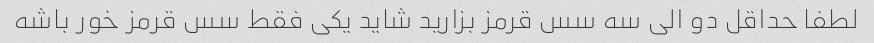
لطفا حداقل دو الی سه سس قرمز بزارید شاید یکی فقط سس قرمز خور باشه